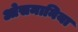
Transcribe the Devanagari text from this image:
ओसमानिया